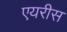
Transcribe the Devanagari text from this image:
एयरीस